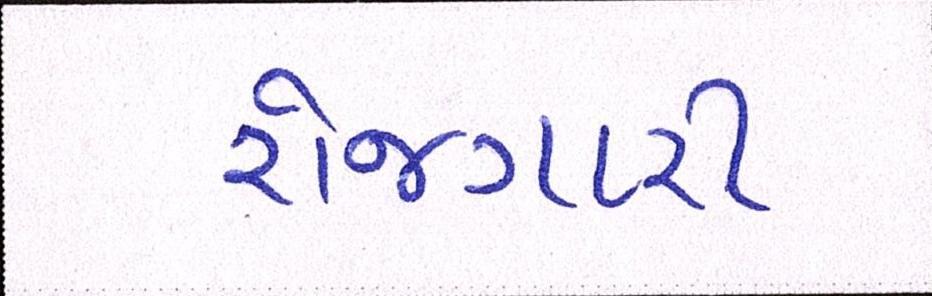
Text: રોજગારી